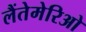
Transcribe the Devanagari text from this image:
लैंतेमेरिओ